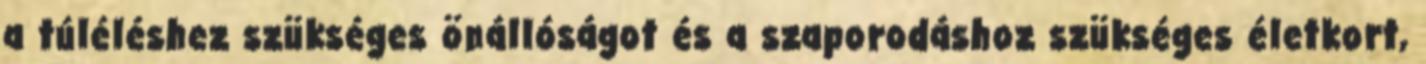
a túléléshez szükséges önállóságot és a szaporodáshoz szükséges életkort,